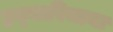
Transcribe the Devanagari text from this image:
हब्‍यारिमाना